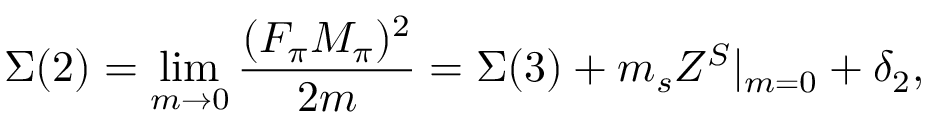
\Sigma ( 2 ) = \operatorname * { l i m } _ { m \to 0 } \frac { ( F _ { \pi } M _ { \pi } ) ^ { 2 } } { 2 m } = \Sigma ( 3 ) + m _ { s } Z ^ { S } | _ { m = 0 } + \delta _ { 2 } ,